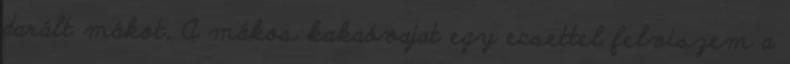
darált mákot. A mákos kakaóvajat egy ecsettel felviszem a